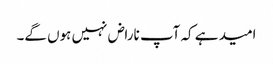
امید ہے کہ آپ ناراض نہیں ہوں گے۔